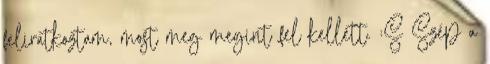
feliratkoztam, most meg megint fel kellett. :S Szép a